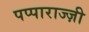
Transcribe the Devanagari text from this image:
पप्पाराज्ज़ी